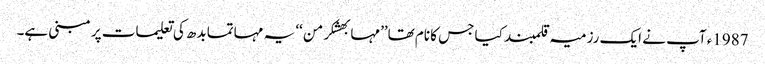
1987ء آپ نے ایک رزمیہ قلمبند کیا جس کا نام تھا’’مہابھشکرمن ‘‘ یہ مہاتما بدھ کی تعلیمات پر مبنی ہے۔